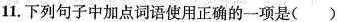
11.下列句子中加点词语使用正确的一项是( )